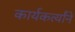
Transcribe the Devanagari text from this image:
कार्यकर्त्यांने